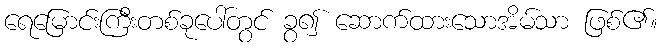
ရေမြောင်းကြီးတစ်ခုပေါ်တွင် ခွ၍ ဆောက်ထားသောအိမ်သာ ဖြစ်၏။